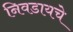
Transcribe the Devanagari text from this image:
निवडायचे